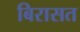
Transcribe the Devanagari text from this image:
बिरासत